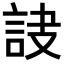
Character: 𧦾